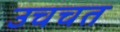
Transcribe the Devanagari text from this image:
उचचत